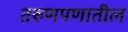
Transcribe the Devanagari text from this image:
तरुणपणातील